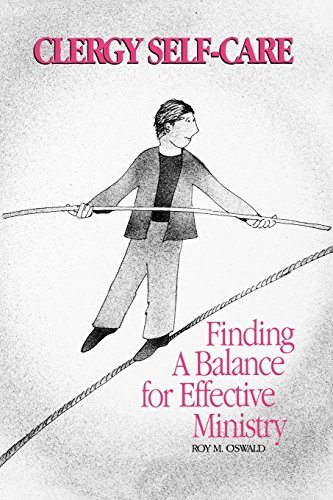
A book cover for Clergy Self-Care: Finding a Balance for Effective Ministry; Roy M. Oswald; Christian Books & Bibles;